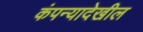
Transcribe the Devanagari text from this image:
कंपन्यादेखील